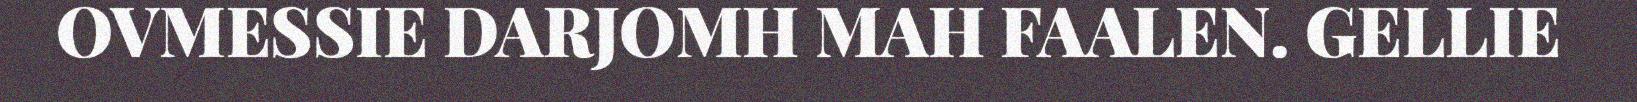
OVMESSIE DARJOMH MAH FAALEN. GELLIE